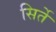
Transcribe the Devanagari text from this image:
सिर्ते